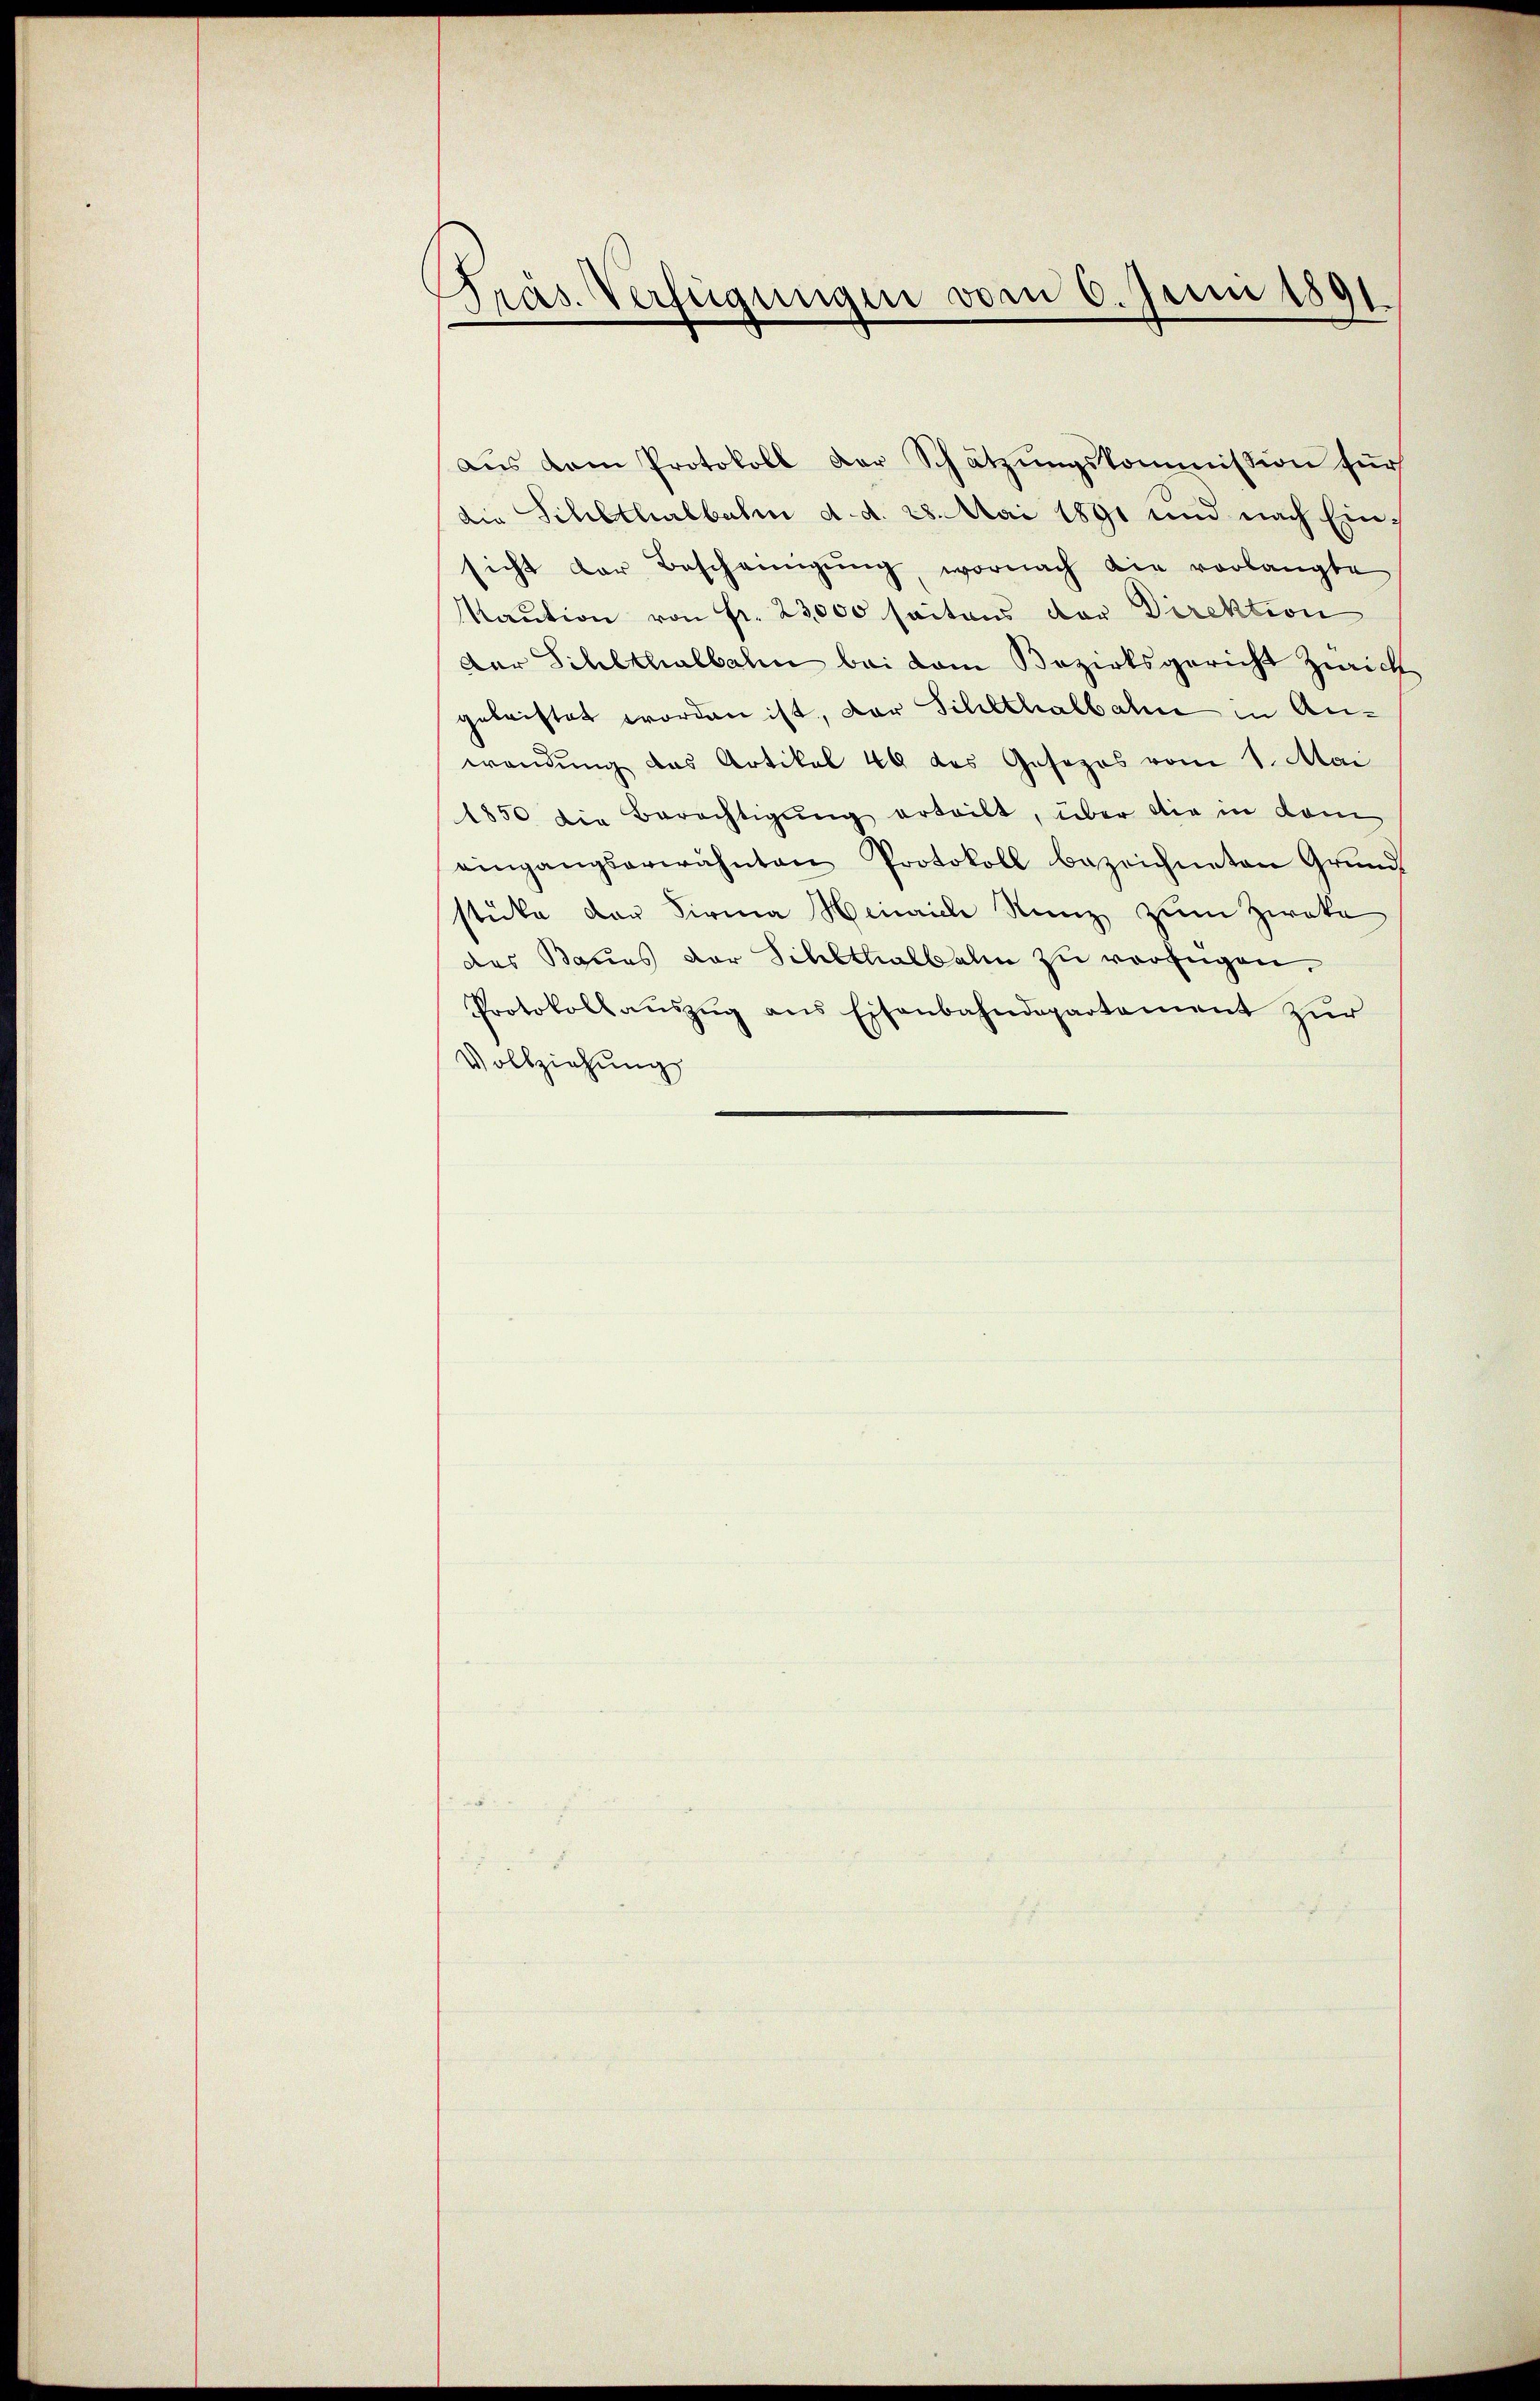
Präs. Verfügungen vom 6. Juni 1891

aŭs dem Protokoll der Schätzŭngskommission für
die Schlthalbahn d. d. 28. Mai 1891 und nach Ein-
sicht der Bescheinigŭng, wornach die vorlangte
Maution von fr. 23,000 seitens der Direktion
der Sihlthalbahn bei vom Bezirksgericht Zürich
geleistet worden ist, der Schlthalbahn in Anwendung das Artikel 49 das Gesezes vom 1. Mai
1850 die Berechtigŭng erteilt, über die in dem
eingangserwähnten Protokoll bezeichneten Grŭnd
stücke der Firma Heinrich Runz zum Zweke
das Baues der Schlthalbahn zu verfügen.
Protokollaŭszŭg ans Eisenbahndepartement zŭr
Vollziehung